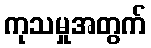
ကုသမှုအတွက်